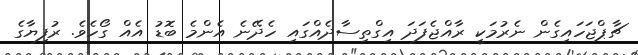
ޗާޕްޖަހައިގެން ނެރުމަކީ ރާއްޖެފަދަ އިގްތިސާދެއްގައި ހެދޭނެ އެންމެ ބޮޑު އެއް ގޯހެވެ. ރުފިޔާގެ